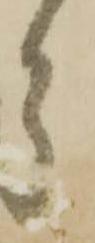
ら